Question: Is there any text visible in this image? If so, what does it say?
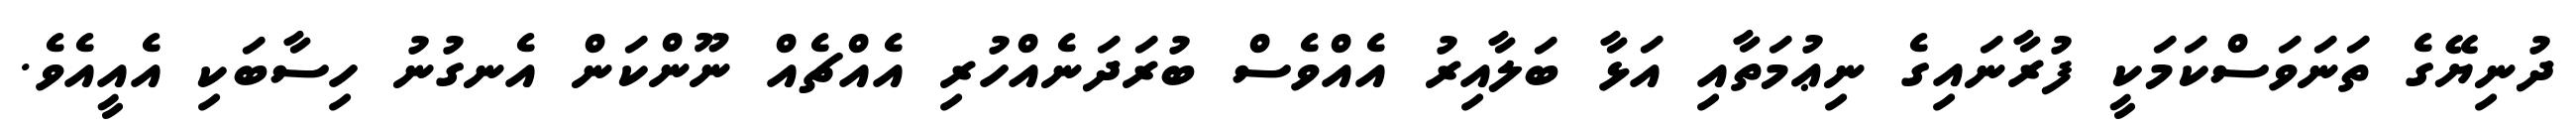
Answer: ދުނިޔޭގެ ތަނަވަސްކަމަކީ ފުރާނައިގެ ނިޢުމަތާއި އަޅާ ބަލާއިރު އެއްވެސް ބުރަދަނެއްހުރި އެއްޗެއް ނޫންކަން އެނގުނު ހިސާބަކި އެއީއެވެ.